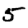
Digit: 5